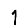
Digit: 1